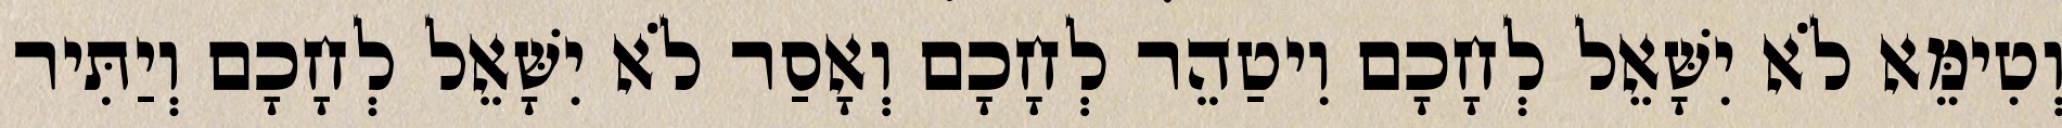
וְטִימֵּא לֹא יִשָּׁאֵל לְחָכָם וִיטַהֵר לְחָכָם וְאָסַר לֹא יִשָּׁאֵל לְחָכָם וְיַתִּיר